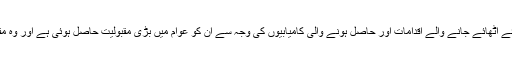
جنرل راحیل شریف کی جانب سے ملک بھر میں دہشت گردی کے خاتمے کیلئے اٹھائے جانے والے اقدامات اور حاصل ہونے والی کامیابیوں کی وجہ سے ان کو عوام میں بڑی مقبولیت حاصل ہوئی ہے اور وہ مقبولیت کے لحاظ سے جنرل ایوب اور جنرل مشرف کو پیچھے چھوڑ گئے ہیں۔